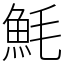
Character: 魹